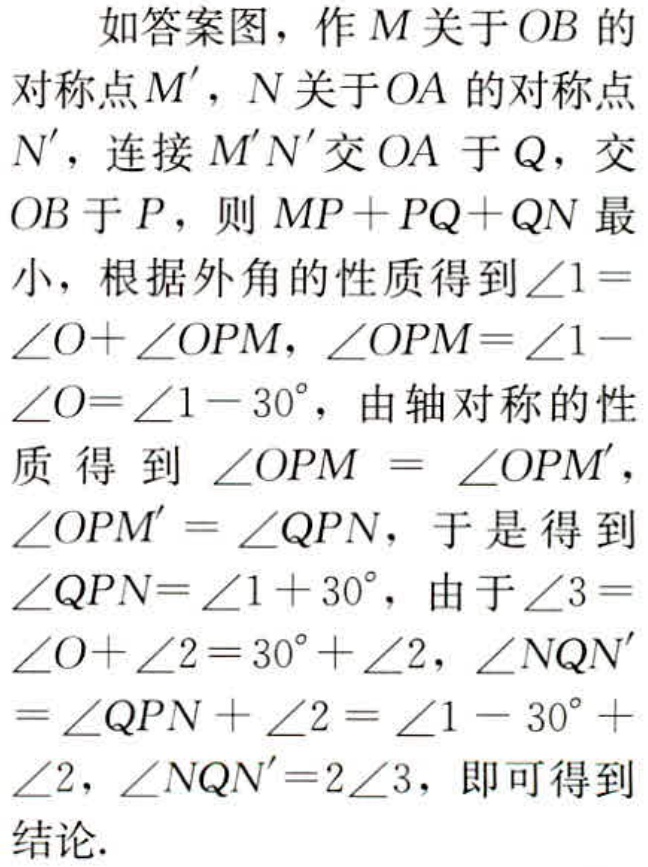
如答案图，作\(M\)关于\(OB\)的对称点\(M'\)，\(N\)关于\(OA\)的对称点\(N'\)，连接\(M'N'\)交\(OA\)于\(Q\)，交\(OB\)于\(P\)，则\(MP + PQ + QN\)最小，根据外角的性质得到\(\angle1 = \angle O+\angle OPM\)，\(\angle OPM=\angle1 - \angle O=\angle1 - 30^{\circ}\)，由轴对称的性质得到\(\angle OPM = \angle OPM'\)，\(\angle OPM' = \angle QPN\)，于是得到\(\angle QPN=\angle1 + 30^{\circ}\)，由于\(\angle3 = \angle O+\angle2 = 30^{\circ}+\angle2\)，\(\angle NQN' = \angle QPN+\angle2=\angle1 - 30^{\circ}+\angle2\)，\(\angle NQN' = 2\angle3\)，即可得到结论.